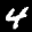
Label: 4